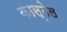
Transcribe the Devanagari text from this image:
कास्तेल